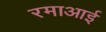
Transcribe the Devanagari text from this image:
रमाआई